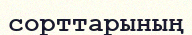
сорттарының